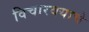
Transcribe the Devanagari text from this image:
विचारवयाचे